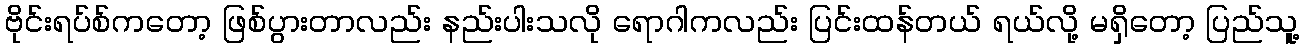
ဗိုင်းရပ်စ်ကတော့ ဖြစ်ပွားတာလည်း နည်းပါးသလို ရောဂါကလည်း ပြင်းထန်တယ် ရယ်လို့ မရှိတော့ ပြည်သူ့